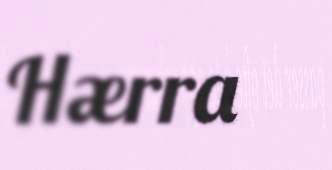
Hærra